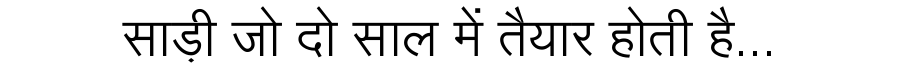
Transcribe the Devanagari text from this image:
साड़ी जो दो साल में तैयार होती है...